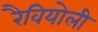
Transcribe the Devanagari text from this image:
रैवियोली